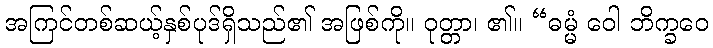
အကြင်တစ်ဆယ့်နှစ်ပုဒ်ရှိသည်၏ အဖြစ်ကို။ ဝုတ္တာ၊ ၏။ “ဓမ္မံ ဝေါ ဘိက္ခဝေ